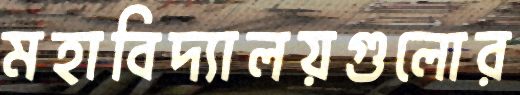
মহাবিদ্যালয়গুলোর